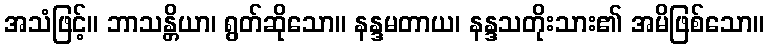
အသံဖြင့်။ ဘာသန္တိယာ၊ ရွတ်ဆိုသော။ နန္ဒမတာယ၊ နန္ဒသတိုးသား၏ အမိဖြစ်သော။